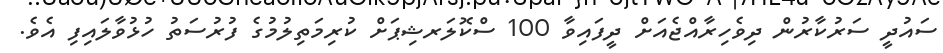
ސައުދީ ސަރުކާރުން ދިވެހިރާއްޖެއަށް ދީފައިވާ 100 ސްކޮލަރޝިޕަށް ކުރިމަތިލުމުގެ ފުރުސަތު ހުޅުވާލައިފި އެވެ.